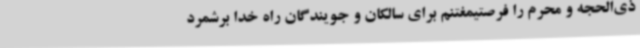
ذی‌الحجه و محرم را فرصتیمغتنم برای سالکان و جویندگان راه خدا برشمرد